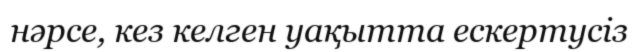
нәрсе, кез келген уақытта ескертусіз